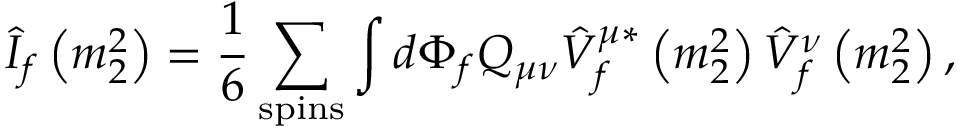
\hat { I } _ { f } \left( m _ { 2 } ^ { 2 } \right) = \frac { 1 } { 6 } \sum _ { \mathrm { s p i n s } } \int d \Phi _ { f } Q _ { \mu \nu } \hat { V } _ { f } ^ { \mu * } \left( m _ { 2 } ^ { 2 } \right) \hat { V } _ { f } ^ { \nu } \left( m _ { 2 } ^ { 2 } \right) ,